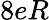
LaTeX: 8eR